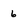
Character: 6